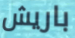
باريش